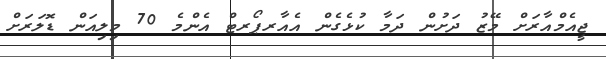
ޖީއެމްއާރަށް މޭޒު ދަށުން ދަމާ ކުޅެގެން އެއާރޕޯރޓް އެންމެ 70 މިލިއަން ޑޮލަރަށް